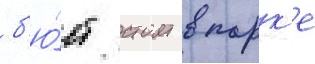
б'ю́ст стоит в парк'е